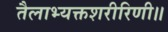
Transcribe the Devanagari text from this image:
तैलाभ्यक्तशरीरिणी॥